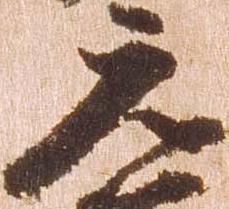
元